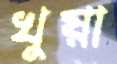
খুয়া